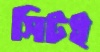
সিটই